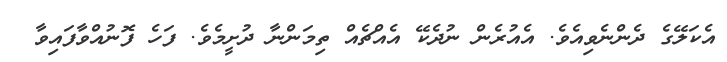
އެކަލޭގެ ދެންނެވިއެވެ. އެއުރެން ނުދެކޭ އެއްޗެއް ތިމަންނާ ދުށީމެވެ. ފަހެ ފޮނުއްވާފައިވާ